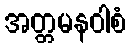
အတ္တမနဝါစံ